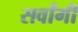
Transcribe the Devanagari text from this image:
सर्वांगीं